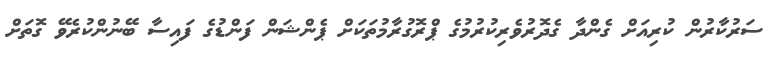
ސަރުކާރުން ކުރިއަށް ގެންދާ ގެދޮރުވެރިކުރުމުގެ ޕްރޮގުރާމުތަކަށް ޕެންޝަން ފަންޑުގެ ފައިސާ ބޭނުންކުރެވޭ ގޮތަށް